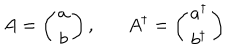
A = \left( \begin{array} { c } { { a } } \\ { { b } } \\ \end{array} \right) , A ^ { \dagger } = \left( \begin{array} { c } { { a ^ { \dagger } } } \\ { { b ^ { \dagger } } } \\ \end{array} \right)